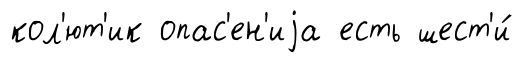
кол'ют'ик опас'ен'иjа есть шест'и́